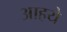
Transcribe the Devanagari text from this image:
आहये